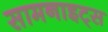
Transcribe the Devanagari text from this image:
सामनाइट्स